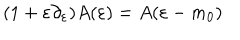
( 1 + \varepsilon \partial _ { \varepsilon } ) A ( \varepsilon ) = A ( \varepsilon - m _ { 0 } )